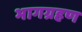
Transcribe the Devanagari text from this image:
भागग्रहण